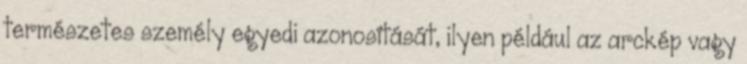
természetes személy egyedi azonosítását, ilyen például az arckép vagy